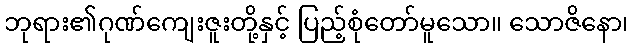
ဘုရား၏ဂုဏ်ကျေးဇူးတို့နှင့် ပြည့်စုံတော်မူသော။ သောဇိနော၊